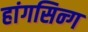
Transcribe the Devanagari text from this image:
हांगसिन्ग